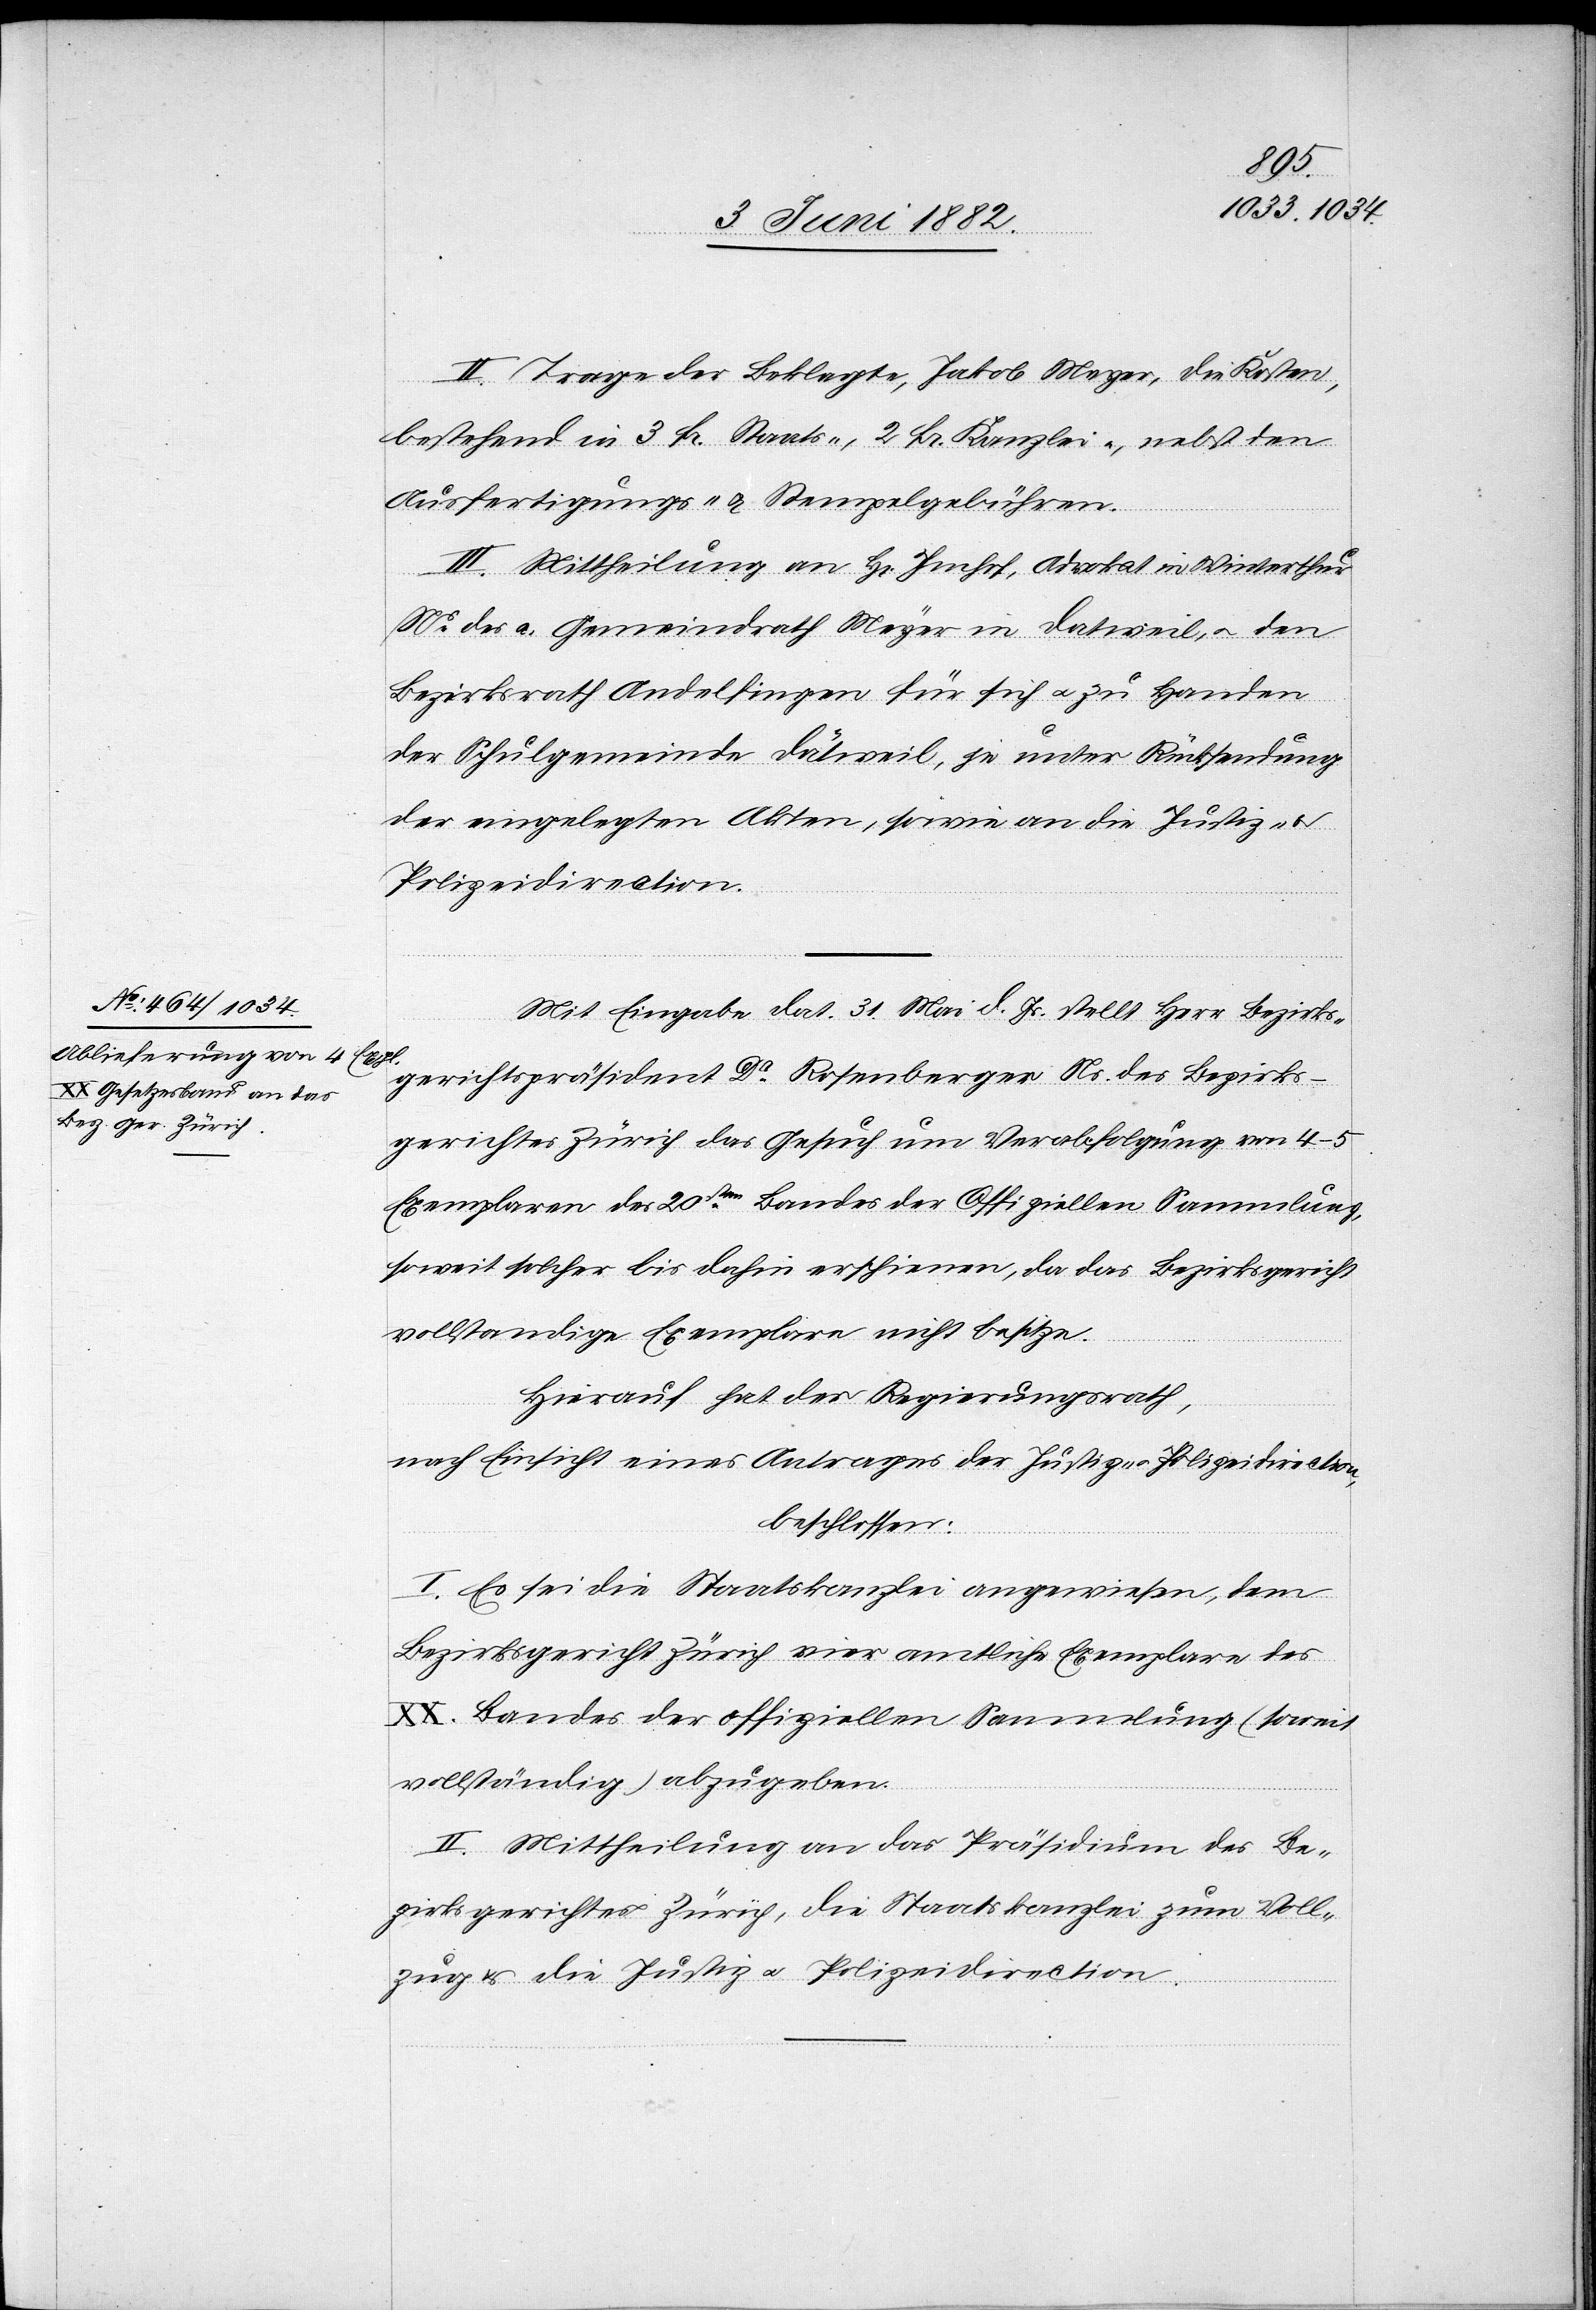
II. Trage der Beklagte, Jakob Meyer, die Kosten,
bestehend in 3 Fr. Staats-, 2 Fr. Kanzlei-, nebst den
Ausfertigungs- & Stempelgebühren.
III. Mittheilung an H[rn]. Imhof, Advokat in Winterthur
Ns des a. Gemeindrath Meyer in Dätweil, u. den
Bezirksrath Andelfingen für sich u. zu Handen
der Schulgemeinde Dätweil, je unter Rücksendung
der eingelegten Akten, sowie an die Justiz-
Polizeidirection.
Mit Eingabe dat. 31. Mai d. Js. stellt Herr Bezirks¬
gerichtspräsident Dr Rosenberger Ns. des Bezirks¬
gerichtes Zürich das Gesuch um Verabfolgung von 4–5
Exemplaren des 20ten Bandes der Offiziellen Sammlung,
soweit solcher bis dahin erschienen, da das Bezirksgericht
vollständige Exemplare nicht besitze.
Hierauf hat der Regierungsrath,
nach Einsicht eines Antrages der Justiz- u. Polizeidirection,
beschlossen:
I. Es sei die Staatskanzlei angewiesen, dem
Bezirksgericht Zürich vier amtliche Exemplare des
XX. Bandes der offiziellen Sammlung (soweit
vollständig) abzugeben.
II. Mittheilung an das Präsidium des Be¬
zirksgerichtes Zürich, die Staatskanzlei zum Voll¬
zug & die Justiz- u. Polizeidirection.